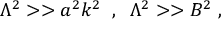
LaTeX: \Lambda ^ { 2 } > > a ^ { 2 } k ^ { 2 } \; \; , \; \; \Lambda ^ { 2 } > > B ^ { 2 } \; ,